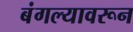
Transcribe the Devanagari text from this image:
बंगल्यावरून